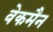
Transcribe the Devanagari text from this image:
वेकमैन